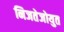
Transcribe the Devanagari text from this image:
निजतेजोयुत